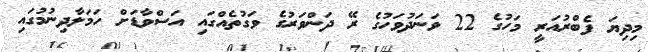
މިދިޔަ ފެބްރުއަރީ މަހުގެ 22 ވަނަދުވަހުގެ ރޭ ދަންވަރުގެ ވަގުތެއްގައި އަސްވާޑަށް ހަމަލާދިނުމުގައި